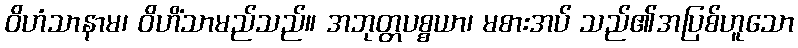
ဝိဟံသာနာမ၊ ဝိဟိံသာမည်သည်။ အဘုတ္တပစ္စယာ၊ မစားအပ် သည်၏အပြစ်ဟူသော